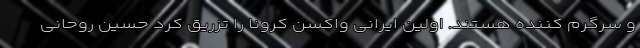
و سرگرم کننده هستند. اولین ایرانی واکسن کرونا را تزریق کرد حسین روحانی